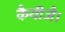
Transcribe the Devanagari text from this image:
कैयीजै।